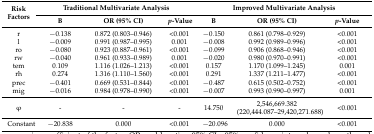
<table><thead><tr><td rowspan="2"><b>Risk Factors</b></td><td colspan="3"><b>Traditional Multivariate Analysis</b></td><td colspan="3"><b>Improved Multivariate Analysis</b></td></tr><tr><td><b>B</b></td><td><b>OR (95% CI)</b></td><td><b><i>p</i>-Value</b></td><td><b>B</b></td><td><b>OR (95% CI)</b></td><td><b><i>p</i>-Value</b></td></tr></thead><tbody><tr><td>r</td><td>−0.138</td><td>0.872 (0.803–0.946)</td><td>&lt;0.001</td><td>−0.150</td><td>0.861 (0.798–0.929)</td><td>&lt;0.001</td></tr><tr><td>l</td><td>−0.009</td><td>0.991 (0.987–0.995)</td><td>0.001</td><td>−0.008</td><td>0.992 (0.989–0.996)</td><td>&lt;0.001</td></tr><tr><td>ro</td><td>−0.080</td><td>0.923 (0.887–0.961)</td><td>&lt;0.001</td><td>−0.099</td><td>0.906 (0.868–0.946)</td><td>&lt;0.001</td></tr><tr><td>rw</td><td>−0.040</td><td>0.961 (0.933–0.989)</td><td>0.001</td><td>−0.020</td><td>0.980 (0.970–0.991)</td><td>&lt;0.001</td></tr><tr><td>tem</td><td>0.109</td><td>1.116 (1.026–1.213)</td><td>&lt;0.001</td><td>0.157</td><td>1.170 (1.099–1.245)</td><td>0.001</td></tr><tr><td>rh</td><td>0.274</td><td>1.316 (1.110–1.560)</td><td>&lt;0.001</td><td>0.291</td><td>1.337 (1.211–1.477)</td><td>&lt;0.001</td></tr><tr><td>prec</td><td>−0.401</td><td>0.669 (0.531–0.844)</td><td>&lt;0.001</td><td>−0.487</td><td>0.615 (0.502–0.752)</td><td>&lt;0.001</td></tr><tr><td>mig</td><td>−0.016</td><td>0.984 (0.978–0.990)</td><td>&lt;0.001</td><td>−0.007</td><td>0.993 (0.990–0.997)</td><td>0.001</td></tr><tr><td>φ</td><td>-</td><td>-</td><td>-</td><td>14.750</td><td>2,546,669.382 (220,444.087–29,420,271.688)</td><td>&lt;0.001</td></tr><tr><td>Constant</td><td>−20.838</td><td>0.000</td><td>&lt;0.001</td><td>−20.096</td><td>0.000</td><td>&lt;0.001</td></tr></tbody></table>